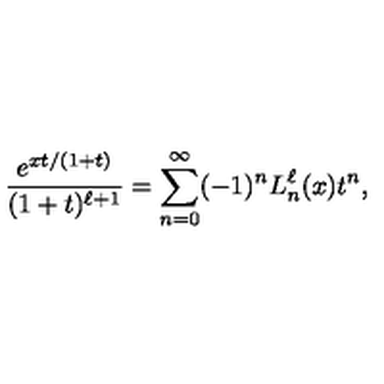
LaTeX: \frac { e ^ { x t / ( 1 + t ) } } { ( 1 + t ) ^ { \ell + 1 } } = \sum _ { n = 0 } ^ { \infty } ( - 1 ) ^ { n } L _ { n } ^ { \ell } ( x ) t ^ { n } ,